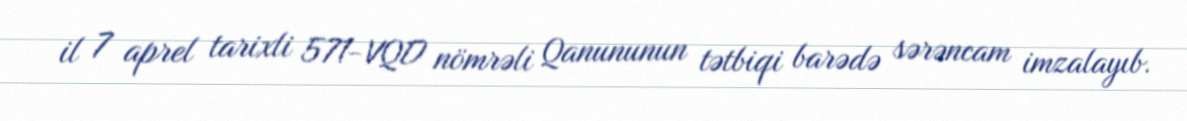
il 7 aprel tarixli 571-VQD nömrəli Qanununun tətbiqi barədə sərəncam imzalayıb.